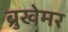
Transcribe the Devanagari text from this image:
ब्रुखेमर